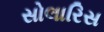
સોલારિસ